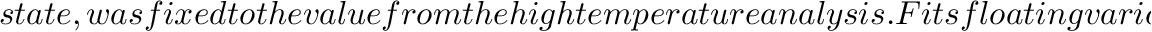
s t a t e , w a s f i x e d t o t h e v a l u e f r o m t h e h i g h t e m p e r a t u r e a n a l y s i s . F i t s f l o a t i n g v a r i o u s p a r a m e t e r s w e r e p e r f o r m e d a n d a n f - t e s t w i t h a 9 5 \